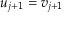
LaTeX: u _ { j + 1 } = v _ { j + 1 }